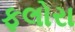
ફલોરા